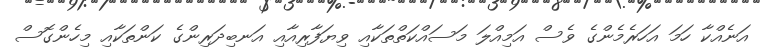
އަނެއްކާ ހަމަ އަހަރެމެންގެ ވެސް އަމިއްލަ މަސައްކަތްތަކާއި ވިޔަފާރިއާއި އަނބިދަރިންގެ ކަންތަކާއި މިހެންގޮސް